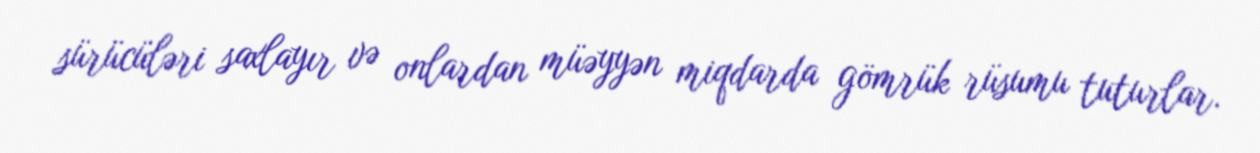
sürücüləri saxlayır və onlardan müəyyən miqdarda gömrük rüsumu tuturlar.